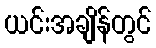
ယင်းအချိန်တွင်